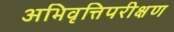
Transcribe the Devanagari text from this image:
अभिवृत्तिपरीक्षण